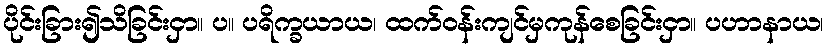
ပိုင်းခြား၍သိခြင်းငှာ။ ပ။ ပရိက္ခယာယ၊ ထက်ဝန်းကျင်မှကုန်စေခြင်းငှာ။ ပဟာနာယ၊